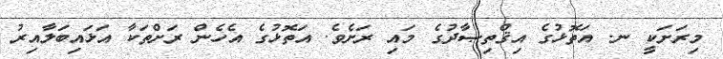
މިރަށަކީ ނ. އަތޮޅުގެ އިޤްތިޞާދުގެ މައި ރަށެވެ. އަތޮޅުގެ އެހެން ރަށްތަކާ އަޅައިބަލާއިރު